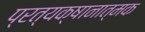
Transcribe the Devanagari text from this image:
प्रत्यक्षानात्मक